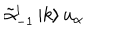
\tilde { \alpha } _ { - 1 } ^ { i } \left| k \right> u _ { \alpha }